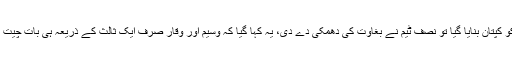
2003 میں جنوبی افریقہ میں ہونے والے ورلڈ کپ تک معاملہ ختم نہ ہوا، جب وقار کو کپتان بنایا گیا تو نصف ٹیم نے بغاوت کی دھمکی دے دی، یہ کہا گیا کہ وسیم اور وقار صرف ایک ثالث کے ذریعہ ہی بات چیت کریں گے، انضمام الحق وہ واحد کھلاڑی تھے جن کی دونوں کے ساتھ بات چیت تھی۔